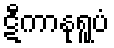
ဋီကာနုရူပံ